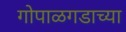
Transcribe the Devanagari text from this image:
गोपाळगडाच्या